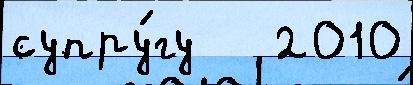
супру́гу   2010